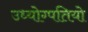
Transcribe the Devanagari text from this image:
उध्योग्पतियो